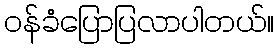
ဝန်ခံပြောပြလာပါတယ်။